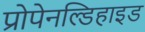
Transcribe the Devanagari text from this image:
प्रोपेनल्डिहाइड